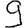
Digit: 9